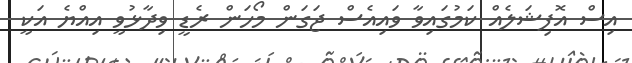
އިސް އޮފިޝަލެއް ކަމުގައިވާ ވައިއެސް ޖަގަން މޯހަން ރެޑީ ވިދާޅުވީ އިއްޔެ އަކީ